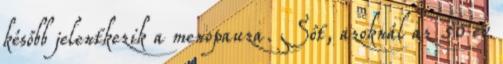
később jelentkezik a menopauza. Sőt, azoknál az 50 év